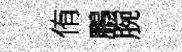
侑鵬腕